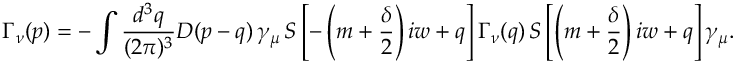
\Gamma _ { \nu } ( p ) = - \int \frac { d ^ { 3 } q } { ( 2 \pi ) ^ { 3 } } D ( p - q ) \, \gamma _ { \mu } \, S \left[ - \left( m + \frac { \delta } { 2 } \right) i w + q \right] \Gamma _ { \nu } ( q ) \, S \left[ \left( m + \frac { \delta } { 2 } \right) i w + q \right] \gamma _ { \mu } .